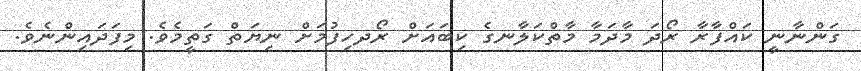
ގަންނާނީ ކައްފާރާ ރޯދަ މާދަމާ މާތްކަލާނގެ ކިބައަށް ރޯދހިފުމަށް ނިޔަތް ގަތީމެވެ. މިފަދައިންނެވެ.